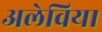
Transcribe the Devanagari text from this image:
अलेविया